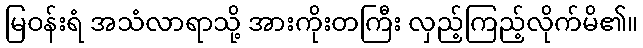
မြဝန်းရံ အသံလာရာသို့ အားကိုးတကြီး လှည့်ကြည့်လိုက်မိ၏။